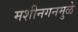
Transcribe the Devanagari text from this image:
मशीनगनमुळे